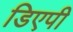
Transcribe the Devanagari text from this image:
डिएपी